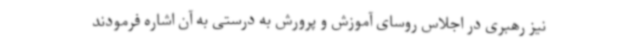
نیز رهبری در اجلاس روسای آموزش و پرورش به درستی به آن اشاره فرمودند